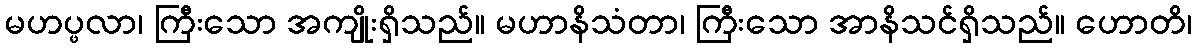
မဟပ္ဖလာ၊ ကြီးသော အကျိုးရှိသည်။ မဟာနိသံတာ၊ ကြီးသော အာနိသင်ရှိသည်။ ဟောတိ၊